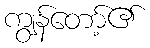
ကျွန်တော့်၏